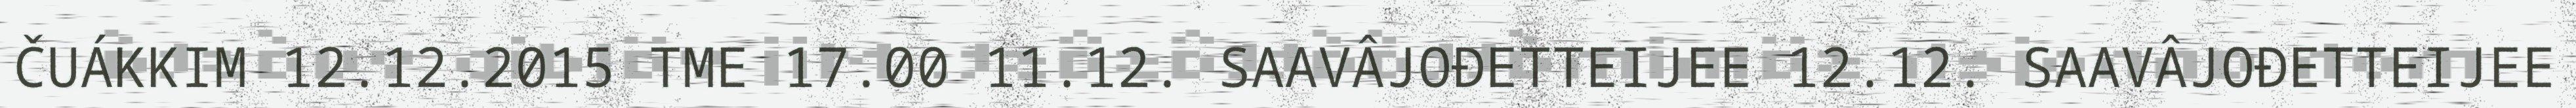
ČUÁKKIM 12.12.2015 TME 17.00 11.12. SAAVÂJOĐETTEIJEE 12.12. SAAVÂJOĐETTEIJEE